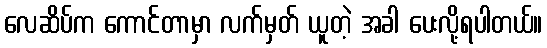
လေဆိပ်က ကောင်တာမှာ လက်မှတ် ယူတဲ့ အခါ ပေးလို့ရပါတယ်။